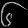
Digit: ၆